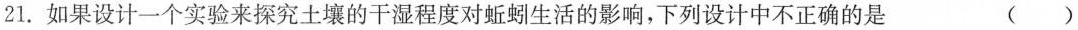
21.如果设计一个实验来探究土壤的干湿程度对蚯蚓生活的影响，下列设计中不正确的是()